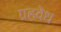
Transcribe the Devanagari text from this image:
ग्रहवेध